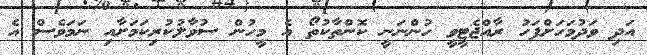
އަދި ވަދުމަހަށްފަހު ރާއްޖެޓީވީ ހުންނަނީ ކޮންތާކުތޯ އެ މީހުން ސުވާލުކުރިކަމަށާއި ނަމަވެސް އެ